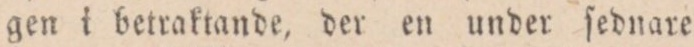
gen i betraktande, der en under ſednare